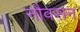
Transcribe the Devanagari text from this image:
नौवसन